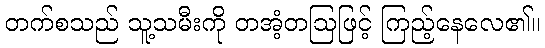
တက်စသည် သူ့သမီးကို တအံ့တဩဖြင့် ကြည့်နေလေ၏။